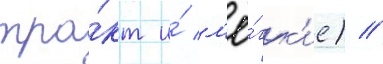
тра́кт и́ л'ё́гк'ие) //